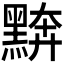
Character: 𪑖